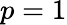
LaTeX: p=1